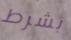
بشرط